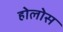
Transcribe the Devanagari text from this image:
होलोस